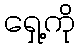
ရှေ့ကို